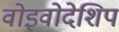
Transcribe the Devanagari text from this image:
वोइवोदेशिप